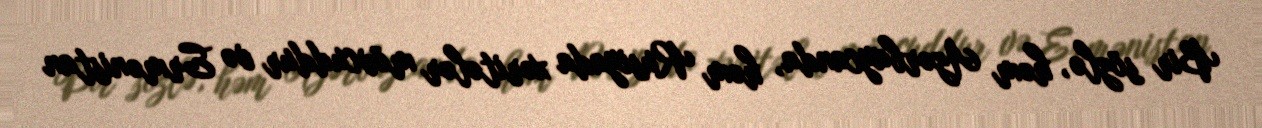
Bir sözlə, həm Azərbaycanda, həm Rusiyada xəritələr mövcuddur və Ermənistan